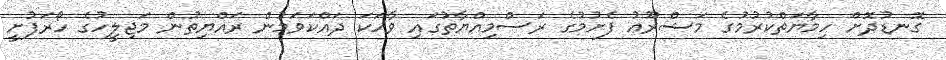
ގޮނޑުދޮށް ހިމާޔަތްކުރުމުގެ މަޝްރޫޢު ފެށުމުގެ ރަސްމިއްޔާތުގައި ވާހަކަ ދައްކަވަމުން ރައްޔިތުން މަޖިލީހުގެ ހޯރަފުށީ